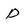
Character: D